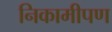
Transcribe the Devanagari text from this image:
निकामीपण